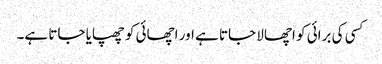
کسی کی برائی کو اچھالا جاتا ہے اور اچھائی کو چھپایا جاتا ہے۔